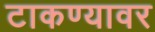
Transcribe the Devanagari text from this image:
टाकण्यावर